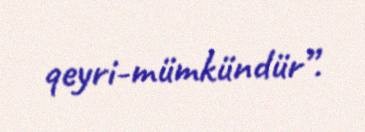
qeyri-mümkündür”.